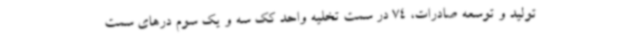
تولید و توسعه صادرات، 74 در سمت تخلیه واحد کک سه و یک سوم درهای سمت